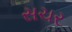
સચર